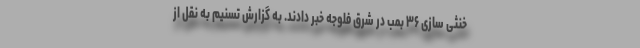
خنثی سازی ۳۶ بمب در شرق فلوجه خبر دادند. به گزارش تسنیم به نقل از